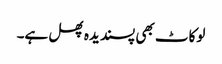
لوکاٹ بھی پسندیدہ پھل ہے۔